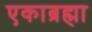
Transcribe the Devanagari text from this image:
एकाब्रह्मा